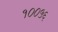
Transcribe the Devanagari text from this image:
१००५६